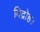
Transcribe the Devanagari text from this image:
विद्रोह।